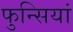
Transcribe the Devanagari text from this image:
फुन्सियां